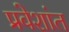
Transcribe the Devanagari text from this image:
प्रवेशांत